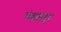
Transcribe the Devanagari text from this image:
पंढलपुर